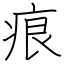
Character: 痕